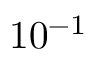
1 0 ^ { - 1 }